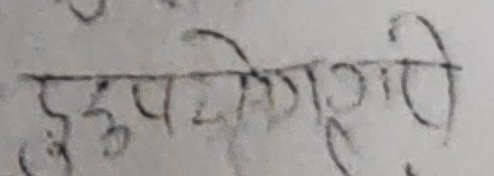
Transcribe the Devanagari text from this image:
दुरूपयोगकारी